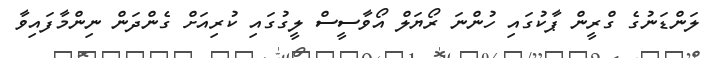
ލަންޑަނުގެ ގްރީން ޕާކުގައި ހުންނަ ރޯޔަލް އޯވާސީސް ލީގުގައި ކުރިއަށް ގެންދަން ނިންމާފައިވާ